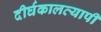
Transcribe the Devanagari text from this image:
दीर्घकालव्यापी